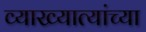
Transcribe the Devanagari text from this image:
व्याख्यात्यांच्या